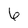
Character: 6